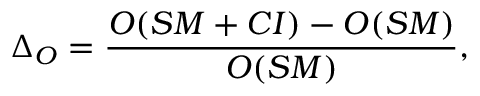
\Delta _ { \cal O } = \frac { { \cal O } ( S M + C I ) - { \cal O } ( S M ) } { { \cal O } ( S M ) } ,